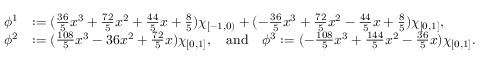
\begin{array} { r l } { \phi ^ { 1 } } & { : = ( \frac { 3 6 } { 5 } x ^ { 3 } + \frac { 7 2 } { 5 } x ^ { 2 } + \frac { 4 4 } { 5 } x + \frac { 8 } { 5 } ) \chi _ { [ - 1 , 0 ) } + ( - \frac { 3 6 } { 5 } x ^ { 3 } + \frac { 7 2 } { 5 } x ^ { 2 } - \frac { 4 4 } { 5 } x + \frac { 8 } { 5 } ) \chi _ { [ 0 , 1 ] } , } \\ { \phi ^ { 2 } } & { : = ( \frac { 1 0 8 } { 5 } x ^ { 3 } - 3 6 x ^ { 2 } + \frac { 7 2 } { 5 } x ) \chi _ { [ 0 , 1 ] } , \quad \mathrm { a n d } \quad \phi ^ { 3 } : = ( - \frac { 1 0 8 } { 5 } x ^ { 3 } + \frac { 1 4 4 } { 5 } x ^ { 2 } - \frac { 3 6 } { 5 } x ) \chi _ { [ 0 , 1 ] } . } \end{array}